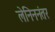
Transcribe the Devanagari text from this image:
लेनिननंतर